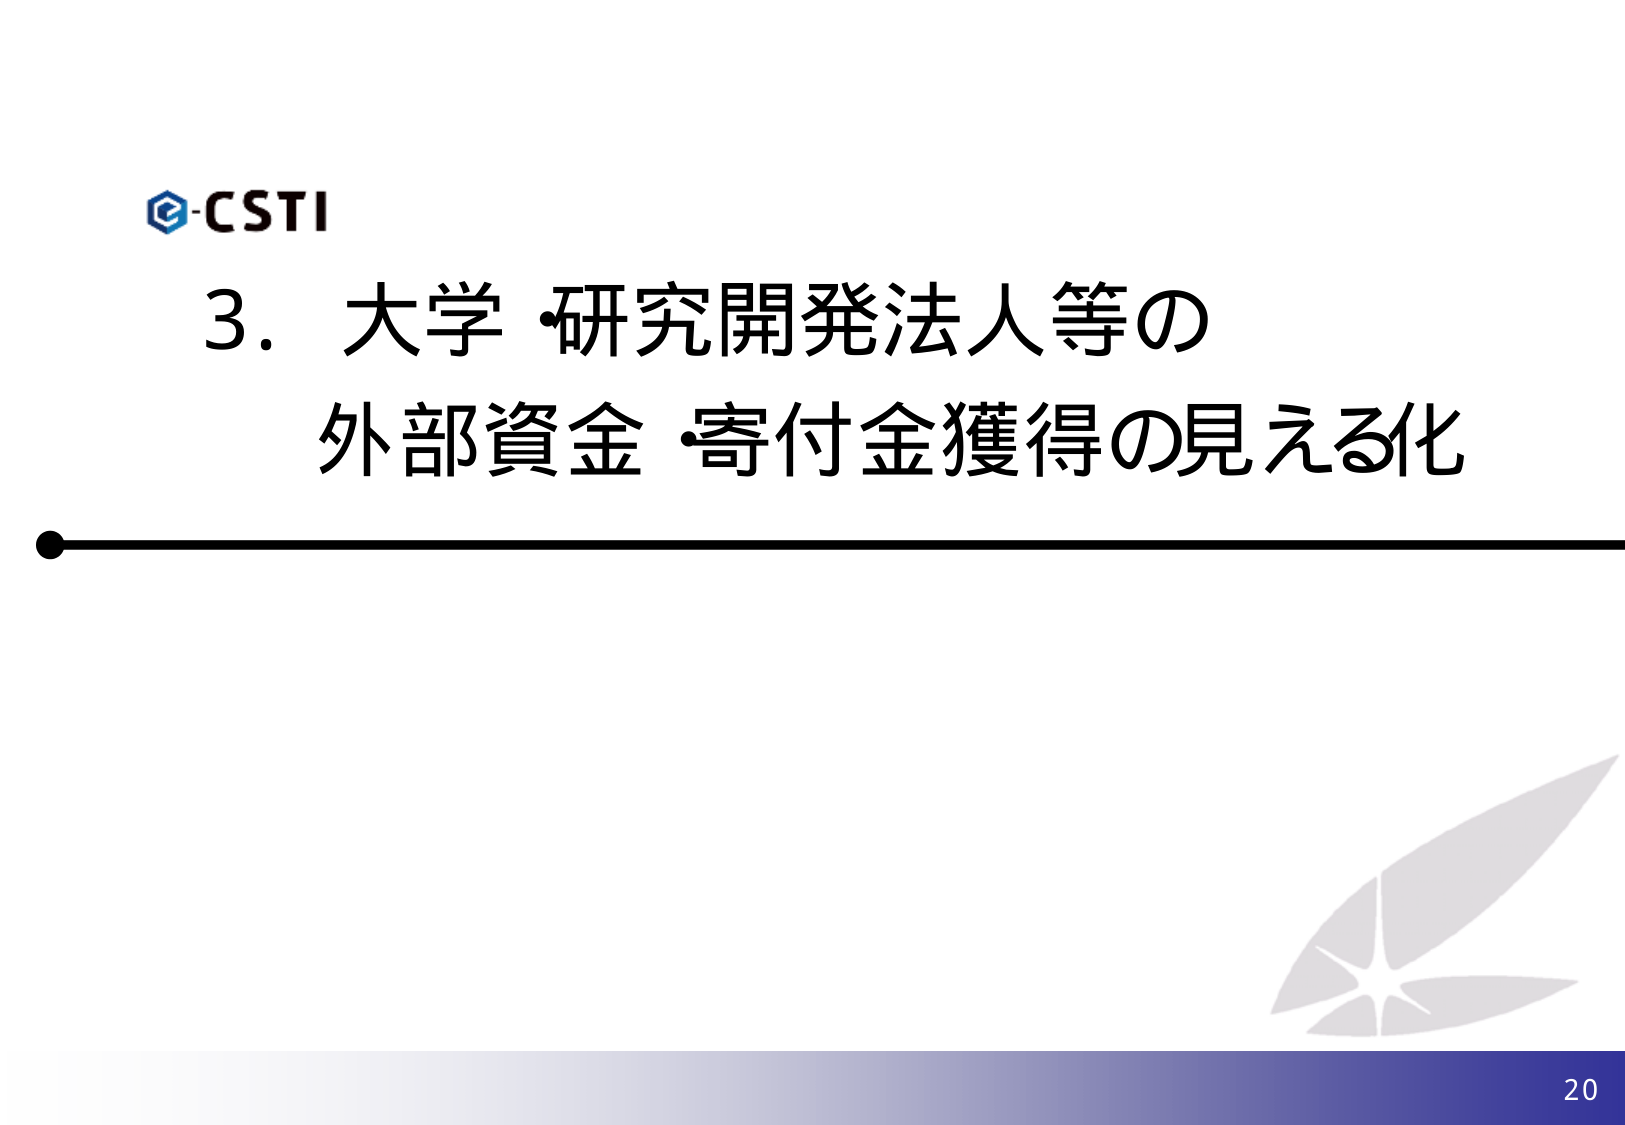
e-CSTI
3. 大学・研究開発法人等の
外部資金・寄付金獲得の見える化
20